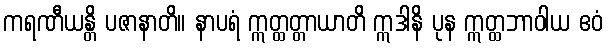
ကရဏီယန္တိ ပဇာနာတိ။ နာပရံ ဣတ္ထတ္တာယာတိ ဣဒါနိ ပုန ဣတ္ထဘာဝါယ ဧဝံ